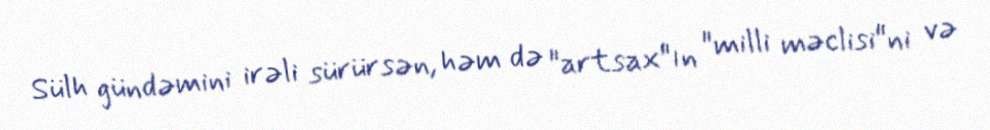
Sülh gündəmini irəli sürürsən, həm də "artsax"ın "milli məclisi"ni və